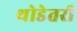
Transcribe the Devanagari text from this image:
थोडेतरी